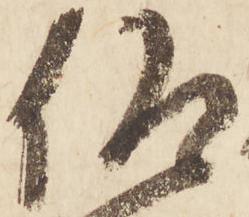
仰